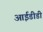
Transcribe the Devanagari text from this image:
आईडीडी